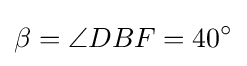
\beta =\angle DBF=40^{\circ }